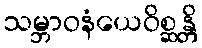
သမ္ဘာဝနံယေဝိစ္ဆန္တိ